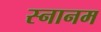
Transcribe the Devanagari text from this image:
स्नानम